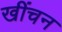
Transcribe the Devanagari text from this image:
खींचन